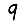
Digit: 9